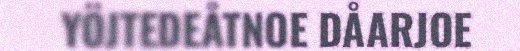
YÖJTEDEÅTNOE DÅARJOE